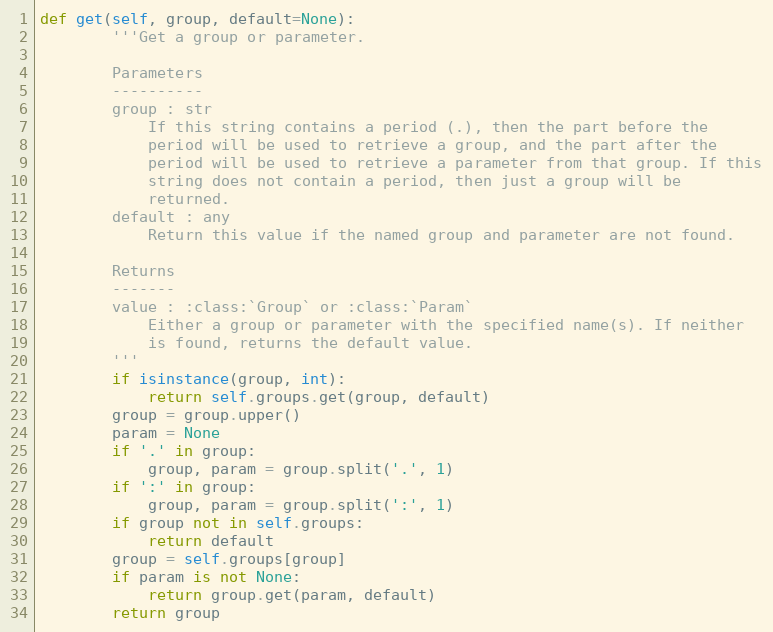
Language: Python
def get(self, group, default=None):
        '''Get a group or parameter.

        Parameters
        ----------
        group : str
            If this string contains a period (.), then the part before the
            period will be used to retrieve a group, and the part after the
            period will be used to retrieve a parameter from that group. If this
            string does not contain a period, then just a group will be
            returned.
        default : any
            Return this value if the named group and parameter are not found.

        Returns
        -------
        value : :class:`Group` or :class:`Param`
            Either a group or parameter with the specified name(s). If neither
            is found, returns the default value.
        '''
        if isinstance(group, int):
            return self.groups.get(group, default)
        group = group.upper()
        param = None
        if '.' in group:
            group, param = group.split('.', 1)
        if ':' in group:
            group, param = group.split(':', 1)
        if group not in self.groups:
            return default
        group = self.groups[group]
        if param is not None:
            return group.get(param, default)
        return group